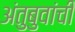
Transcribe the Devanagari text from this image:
अंतुबुवांची